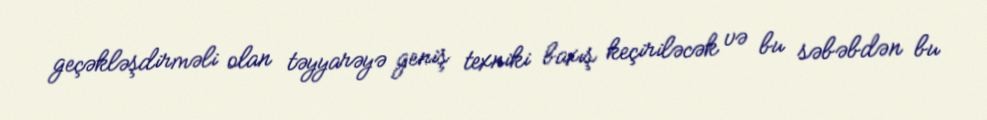
geçəkləşdirməli olan təyyarəyə geniş texniki baxış keçiriləcək və bu səbəbdən bu